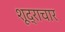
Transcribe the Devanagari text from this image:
शूद्राचार